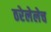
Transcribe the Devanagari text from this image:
ठरेलेलेच